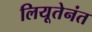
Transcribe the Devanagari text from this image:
लियूतेनंत